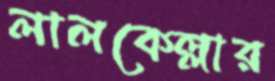
লালকেল্লার